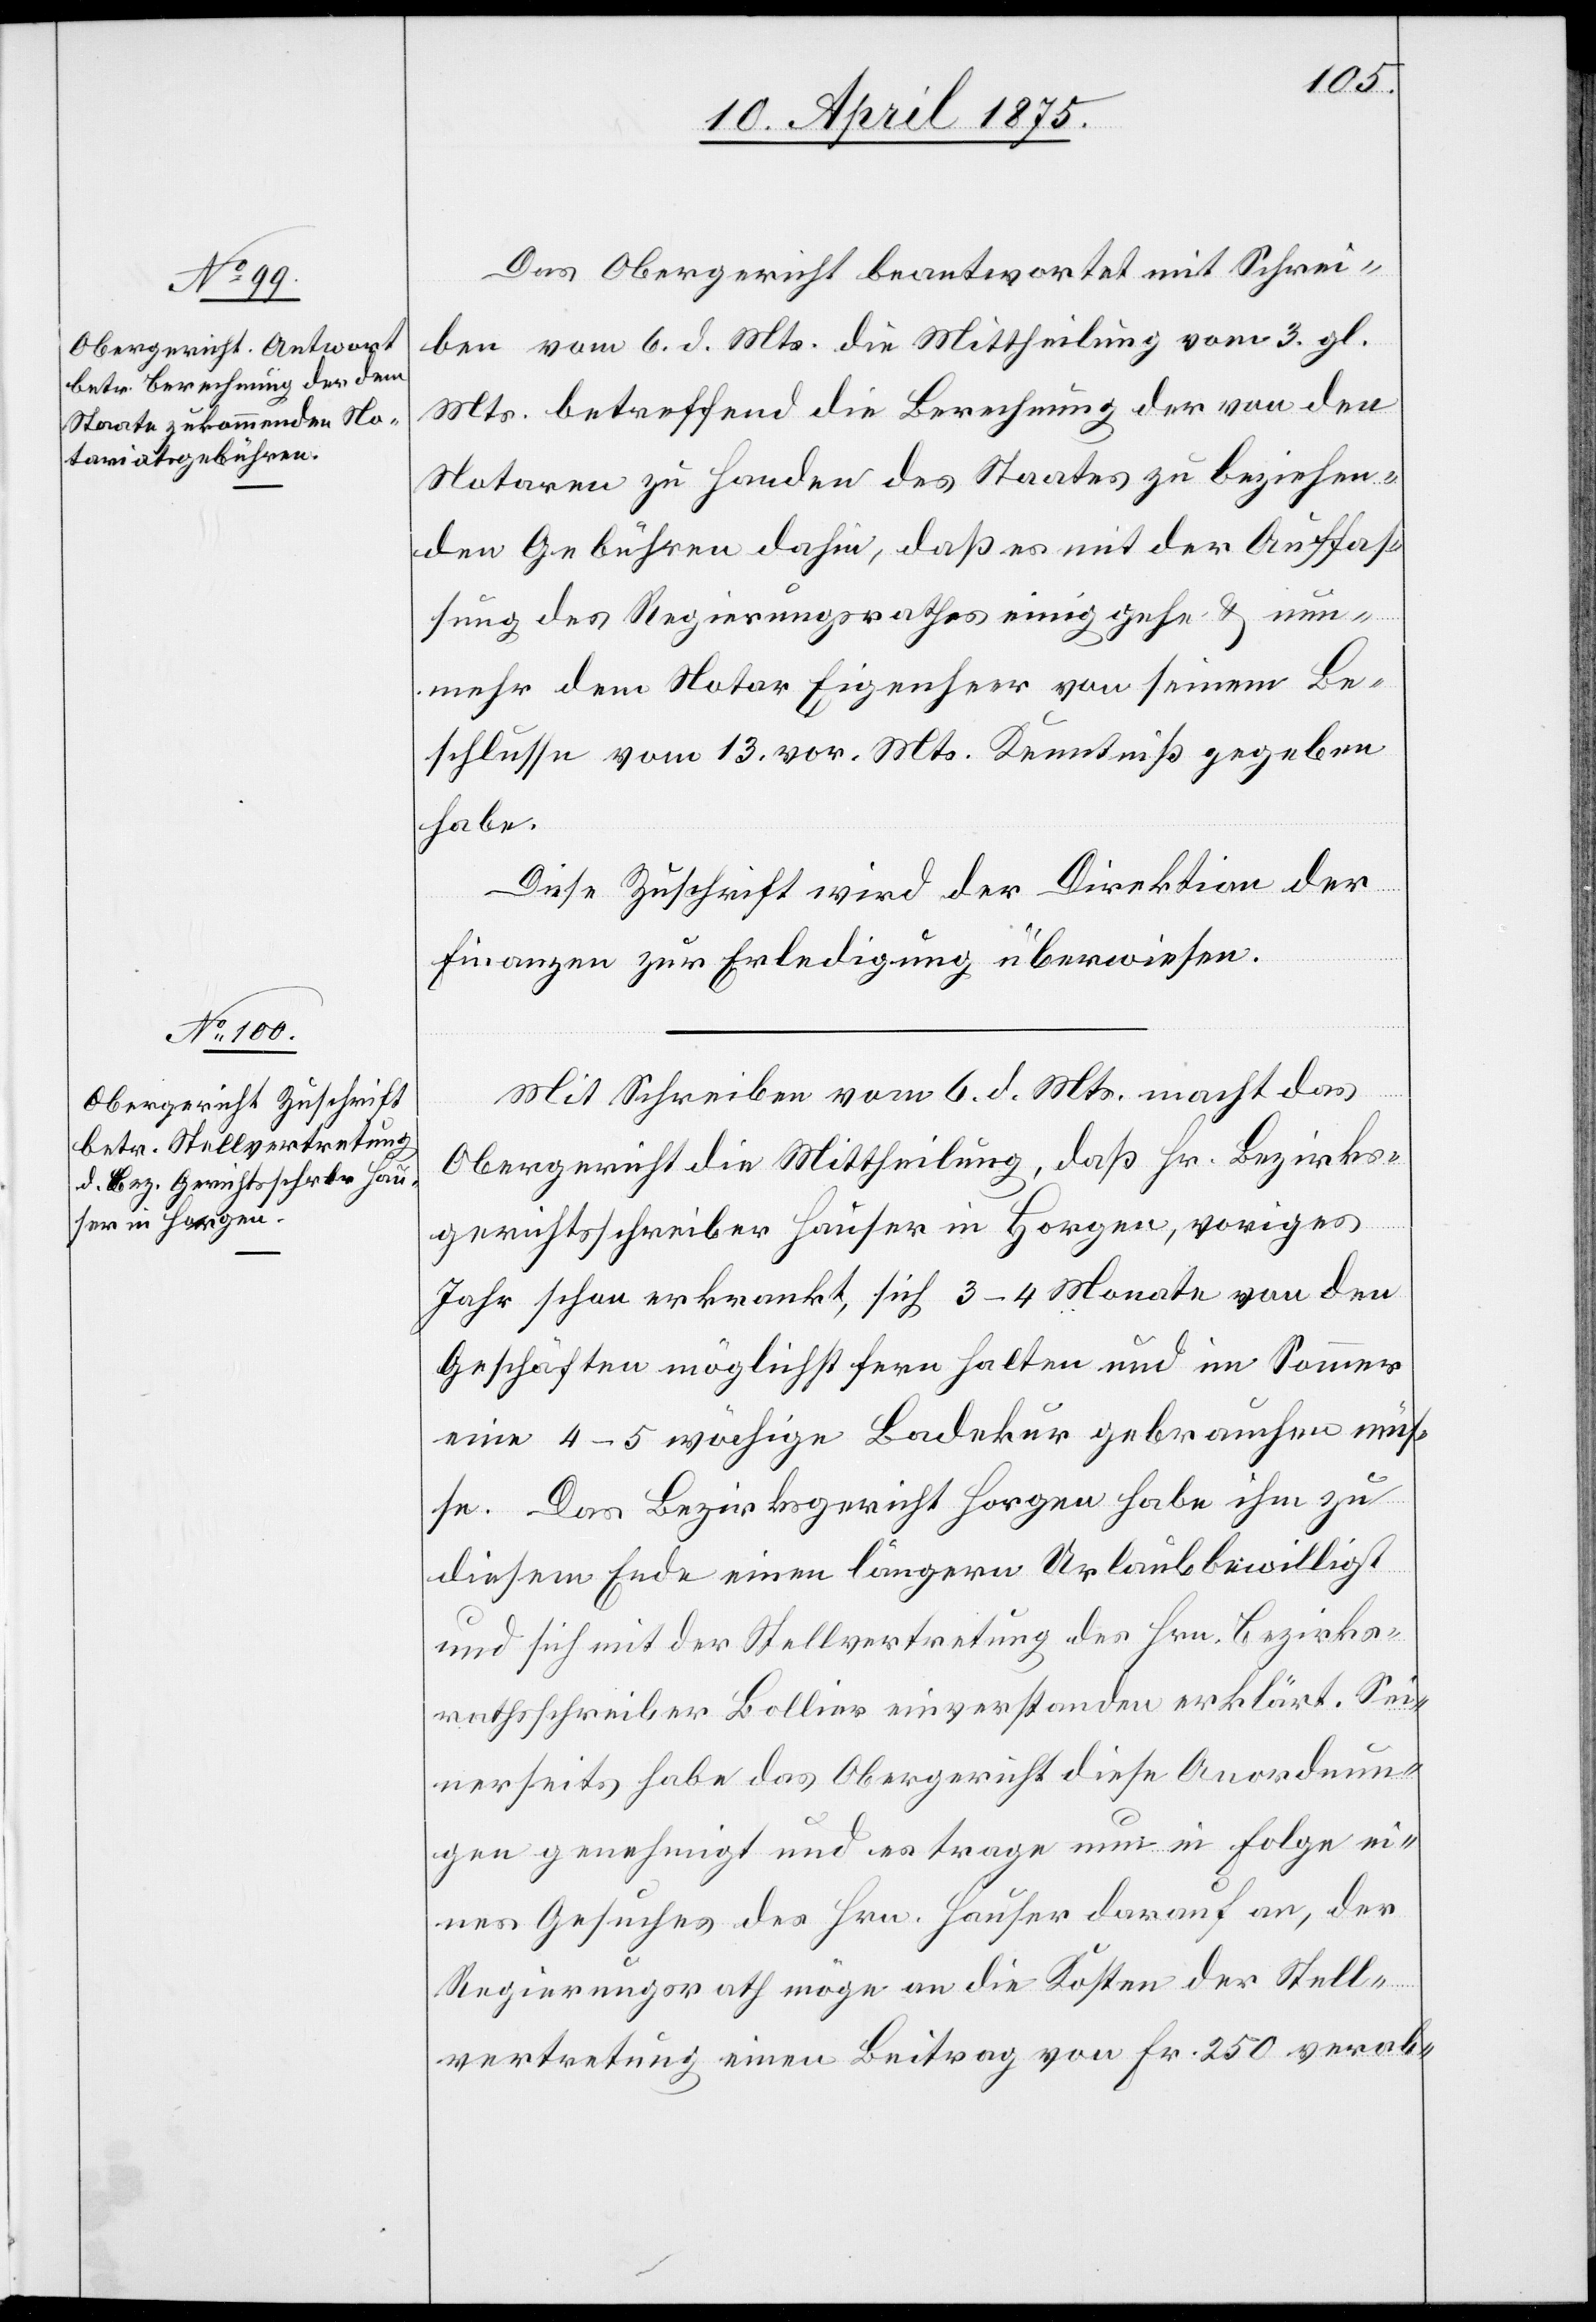
Das Obergericht beantwortet mit Schrei¬
ben vom 6. d. Mts. die Mittheilung vom 3. gl.
Mts. betreffend die Berechnung der von den
Notaren zu Handen des Staates zu beziehen¬
den Gebühren dahin, daß es mit der Auffas¬
sung des Regierungsrathes einig gehe & nun¬
mehr dem Notar Eigenheer von seinem Be¬
schlusse vom 13. vor. Mts. Kenntniß gegeben
habe.
Diese Zuschrift wird der Direktion der
Finanzen zu Erledigung überwiesen.
Mit Schreiben vom 6. d. Mts. macht das
Obergericht die Mittheilung, daß Hr. Bezirks¬
gerichtsschreiber Hauser in Horgen, voriges
Jahr schon erkrankt, sich 3–4 Monate von den
Geschäften möglichst fern halten und im Sommer
eine 4–5 wöchige Badekur gebrauchen müs¬
se. Das Bezirksgericht Horgen habe ihm zu
diesem Ende einen längern Urlaub bewilligt
und sich mit der Stellvertretung des Hrn. Bezirks¬
rechtsschreiber Bollier einverstanden erklärt. Sei¬
nerseits habe das Obergericht Anordnungen
eines Gesuches des Hrn. Hauser darauf an, der
Regierungsrath möge an die Kosten der Stell¬
vertretung einen Beitrag von Fr. 250 verab-